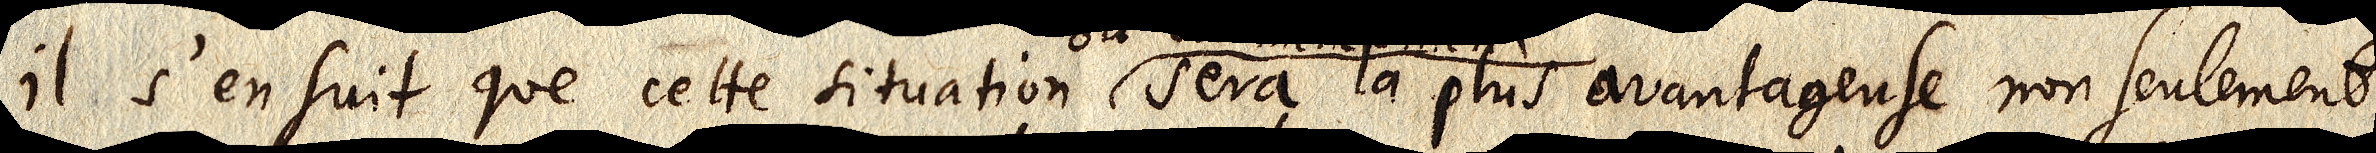
Il s’ensuit que cette situation sera la plus avantageuse non seulement